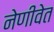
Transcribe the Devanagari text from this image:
नेणीवेत